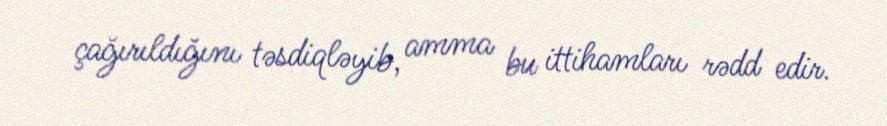
çağırıldığını təsdiqləyib, amma bu ittihamları rədd edir.